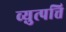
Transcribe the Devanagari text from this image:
व्य़ुत्पत्ति